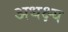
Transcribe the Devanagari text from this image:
अधक्ष्य